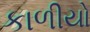
કાળીયો